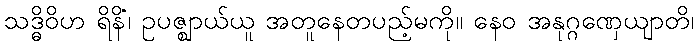
သဒ္ဓိဝိဟ ရိနိံ၊ ဥပဇ္ဈာယ်ယူ အတူနေတပည့်မကို။ နေဝ အနုဂ္ဂဏှေယျာတိ၊